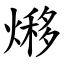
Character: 熪